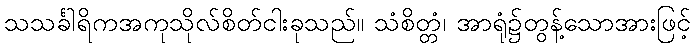
သသင်္ခါရိကအကုသိုလ်စိတ်ငါးခုသည်။ သံစိတ္တံ၊ အာရုံ၌တွန့်သောအားဖြင့်